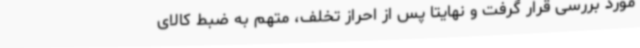
مورد بررسی قرار گرفت و نهایتا پس از احراز تخلف، متهم به ضبط کالای